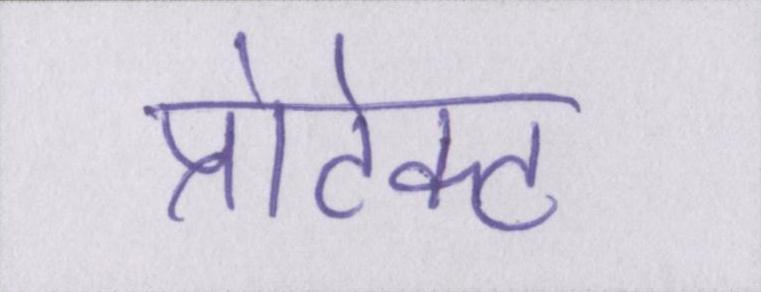
प्रोटेक्ट